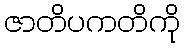
ဇာတိပကတိကို